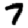
Digit: 7